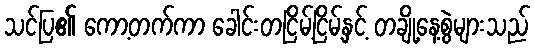
သင်ပြ၏ ကော့တက်ကာ ခေါင်းတငြိမ့်ငြိမ့်နှင့် တချို့နေ့စွဲများသည်